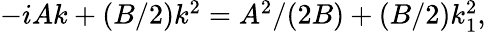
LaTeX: \begin{array}{r}{-iAk+(B/2)k^{2}=A^{2}/(2B)+(B/2)k_{1}^{2},}\end{array}